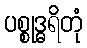
ပစ္စုဒ္ဓရိတုံ